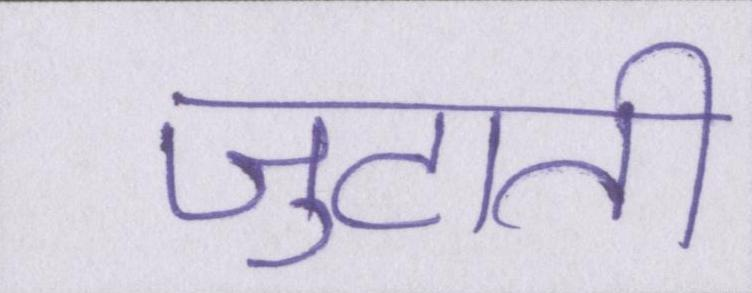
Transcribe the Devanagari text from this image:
जुटाती